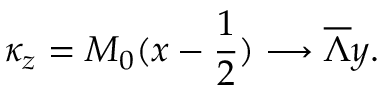
\kappa _ { z } = M _ { 0 } ( x - { \frac { 1 } { 2 } } ) \longrightarrow \overline { { { \Lambda } } } y .